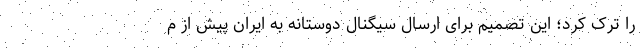
را ترک کرد؛ این تصمیم برای ارسال سیگنال دوستانه به ایران پیش از م